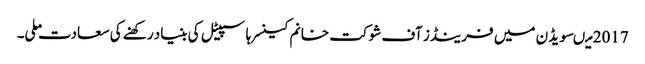
2017 میںسویڈن میں فرینڈز آف شوکت خانم کینسر ہاسپیٹل کی بنیاد رکھنے کی سعادت ملی۔